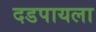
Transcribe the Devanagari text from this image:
दडपायला